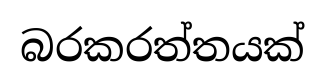
බරකරත්තයක්